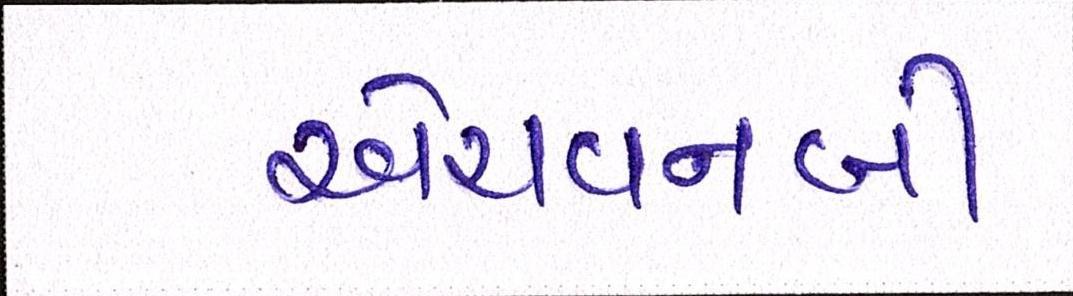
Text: એચવનબી